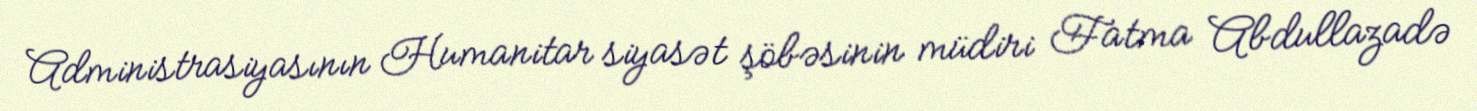
Administrasiyasının Humanitar siyasət şöbəsinin müdiri Fatma Abdullazadə